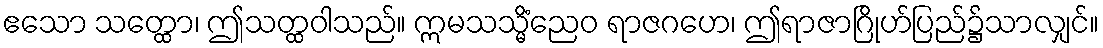
ဧသော သတ္ထော၊ ဤသတ္ထဝါသည်။ ဣမသသ္မိံညေဝ ရာဇဂဟေ၊ ဤရာဇာဂြိုဟ်ပြည်၌သာလျှင်။